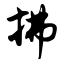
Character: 拂